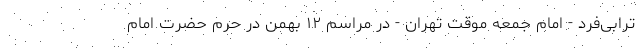
ترابی‌فرد - امام جمعه موقت تهران - در مراسم ۱۲ بهمن در حرم حضرت امام